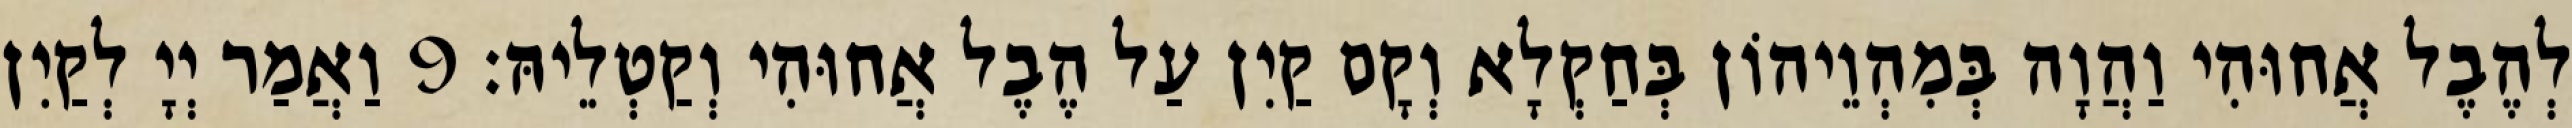
לְהֶבֶל אֲחוּהִי וַהֲוָה בְּמִהְוֵיהוֹן בְּחַקְלָא וְקָם קַיִן עַל הֶבֶל אֲחוּהִי וְקַטְלֵיהּ׃ 9 וַאֲמַר יְיָ לְקַיִן